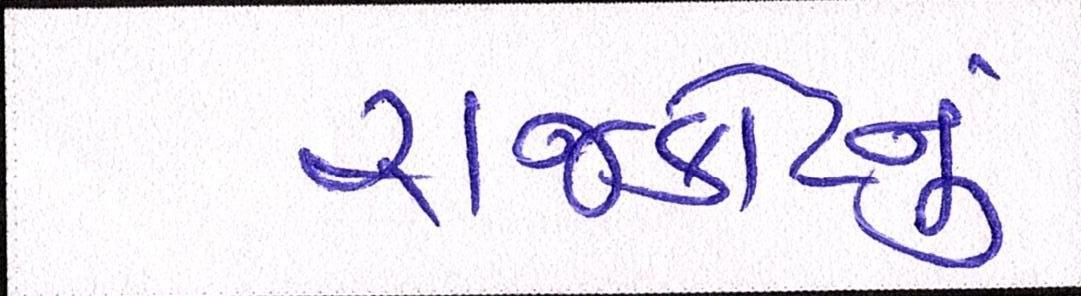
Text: રાજકોટનું